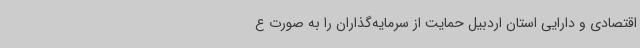
اقتصادی و دارایی استان اردبیل حمایت از سرمایه‌گذاران را به صورت ع